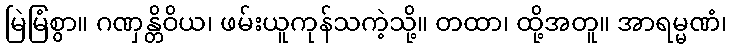
မြဲမြံစွာ။ ဂဏှန္တိဝိယ၊ ဖမ်းယူကုန်သကဲ့သို့။ တထာ၊ ထို့အတူ။ အာရမ္မဏံ၊